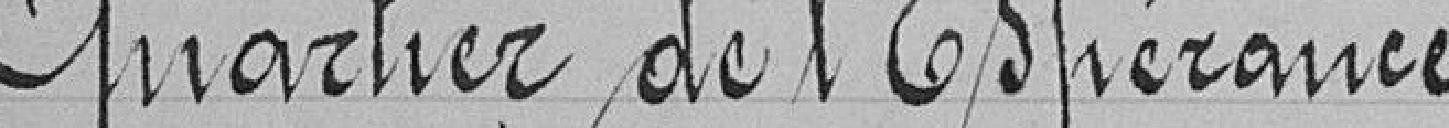
Quartier de l'Espérance